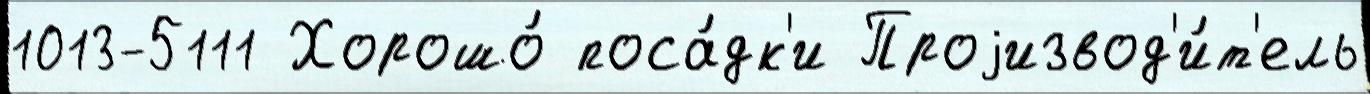
1013-5111 Хорошо́ поса́дк'и Проjизвод'и́т'ель